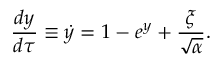
\frac { d y } { d \tau } \equiv \dot { y } = 1 - e ^ { y } + \frac { \xi } { \sqrt { \alpha } } .